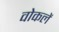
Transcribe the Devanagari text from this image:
वोकलें